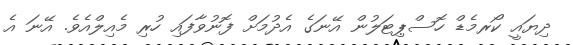
ދިޔައީ ކޯރމެޑް ހޮސްޕިޓަލުން އޭނަގެ އެދުމަށް ފޮނުވާފައި ހުރި މެއިލްއެވެ. އޭނަ އެ